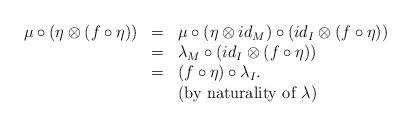
\begin{align*}\begin{array}{lll}\mu\circ (\eta\otimes(f\circ \eta))&=&\mu\circ ( \eta\otimes id_M)\circ (id_I\otimes (f\circ\eta))\\&=&\lambda_M\circ (id_I\otimes (f\circ\eta))\\&=&(f\circ \eta)\circ \lambda_I.\\&&\mbox{(by naturality of $\lambda$)}\end{array}\end{align*}